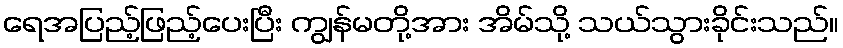
ရေအပြည့်ဖြည့်ပေးပြီး ကျွန်မတို့အား အိမ်သို့ သယ်သွားခိုင်းသည်။